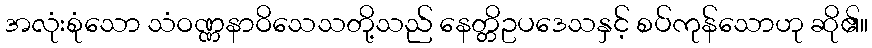
အလုံးစုံသော သံဝဏ္ဏနာဝိသေသတို့သည် နေတ္တိဥပဒေသနှင့် စပ်ကုန်သောဟု ဆို၏။